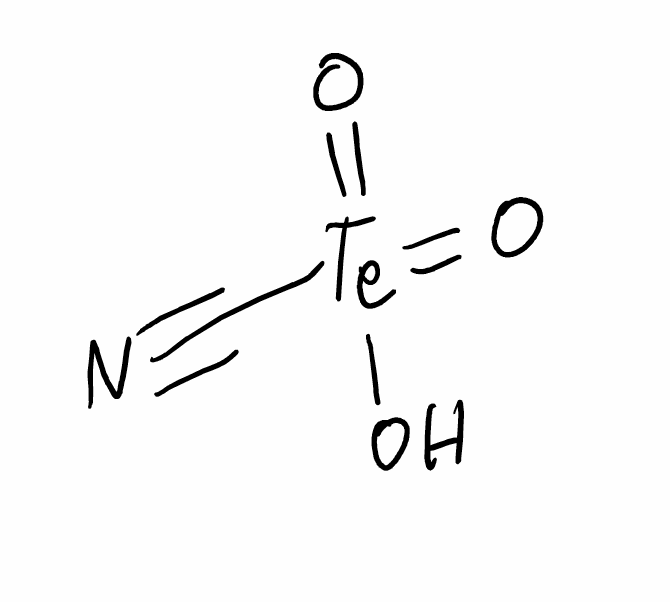
Simplified molecular-input line-entry system (SMILES) notation of the given molecule:
C(#N)[Te](=O)(=O)O